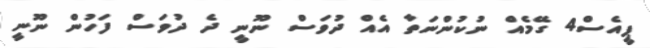
ޕީއެސް4 ގޭމެއް ނުކުންނަތާ އެއް ދުވަސް ނޫނީ ދެ ދުވަސް ފަހުން ނޫނީ